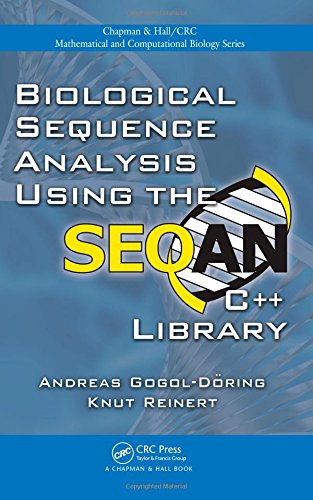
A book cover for Biological Sequence Analysis Using the SeqAn C++ Library (Chapman & Hall/CRC Mathematical and Computational Biology); Andreas Gogol-DÃ¶ring; Computers & Technology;